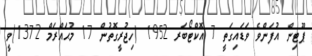
ޕޫޓިން އުފަންވެ ވަޑައިގަތީ 7 އޮކްޓޯބަރ 1952 (ހިޖުރީގޮތުން 17 މުޙައްރަމް 1372)ވީ